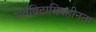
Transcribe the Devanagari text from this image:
सर्वविटामिनहीनता